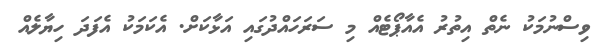
ވިސްނުމަކު ނެތް އިތުރު އެއާޕޯޓެއް މި ސަރަހައްދުގައި އަޅާކަށް. އެކަމަކު އެފަދަ ހިޔާލެއް